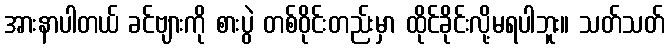
အားနာပါတယ် ခင်ဗျားကို စားပွဲ တစ်ဝိုင်းတည်းမှာ ထိုင်ခိုင်းလို့မရပါဘူး။ သတ်သတ်